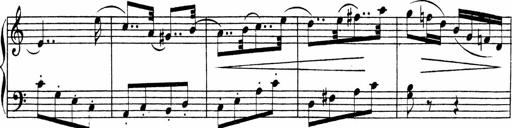
Title: Piano Sonata
Composer: Karl HÃ¤ssler
Key: C major